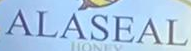
ALASEAL